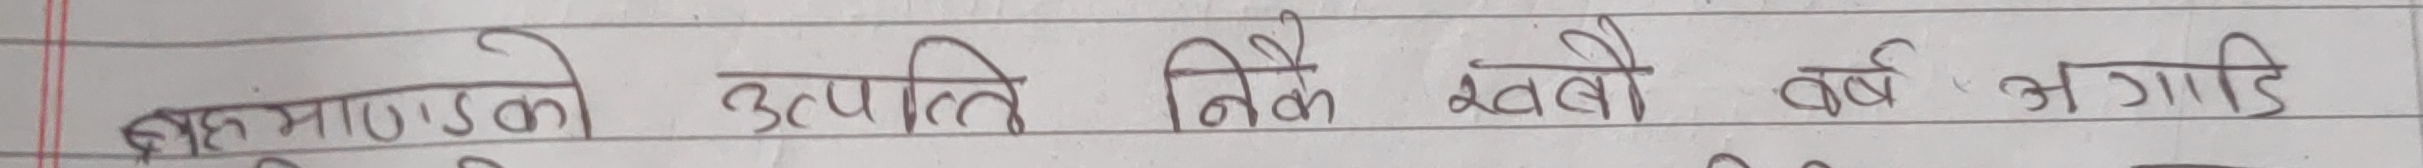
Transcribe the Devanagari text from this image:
ब्रह्माण्डको उत्पत्ति निकै खर्बो वर्ष अगाडि